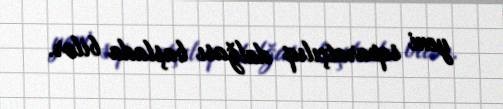
yeni separatçılıq dalğası başlada bilər.